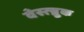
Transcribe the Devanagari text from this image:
वेस्त्ब्रुक